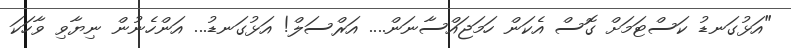
"އަޅުގަނޑު ކަސްޓަމަށް ގޮސް އެކަން ހަމަޖައްސާނަން.... އަރްސަލް! އަޅުގަނޑު... އަންހެނުން ނިޔާވި ވާހަކަ